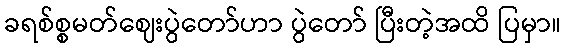
ခရစ်စ္စမတ်ဈေးပွဲတော်ဟာ ပွဲတော် ပြီးတဲ့အထိ ပြမှာ။